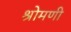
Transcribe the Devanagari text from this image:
श्रोमणी